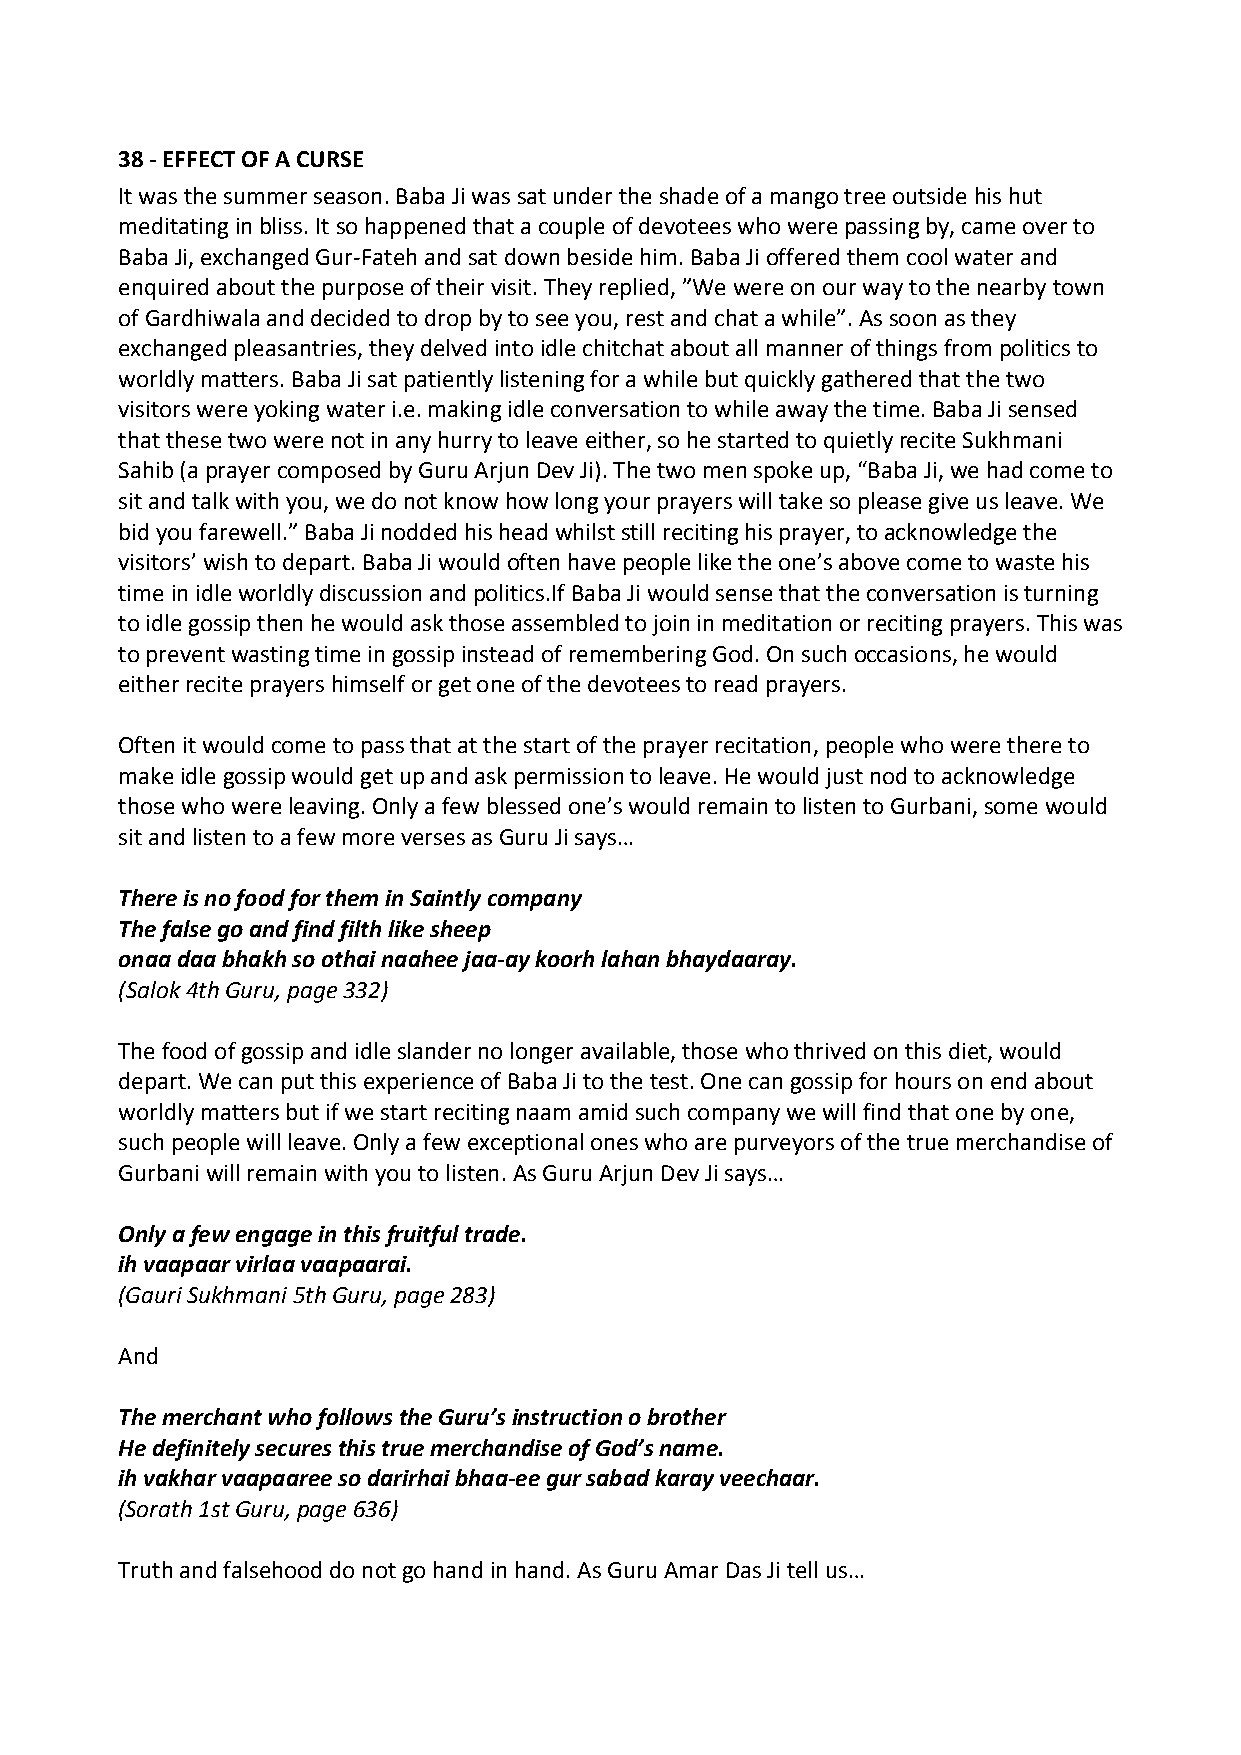
38 ‐ EFFECT OF A CURSE
 It was the summer season. Baba Ji was sat under the shade of a mango tree outside his hut
 meditating in bliss. It so happened that a couple of devotees who were passing by, came over to
 Baba Ji, exchanged Gur‐Fateh and sat down beside him. Baba Ji offered them cool water and
 enquired about the purpose of their visit. They replied, ”We were on our way to the nearby town
 of Gardhiwala and decided to drop by to see you, rest and chat a while”. As soon as they
 exchanged pleasantries, they delved into idle chitchat about all manner of things from politics to
 worldly matters. Baba Ji sat patiently listening for a while but quickly gathered that the two
 visitors were yoking water i.e. making idle conversation to while away the time. Baba Ji sensed
 that these two were not in any hurry to leave either, so he started to quietly recite Sukhmani
 Sahib (a prayer composed by Guru Arjun Dev Ji). The two men spoke up, “Baba Ji, we had come to
 sit and talk with you, we do not know how long your prayers will take so please give us leave. We
 bid you farewell.” Baba Ji nodded his head whilst still reciting his prayer, to acknowledge the
 visitors’ wish to depart. Baba Ji would often have people like the one’s above come to waste his
 time in idle worldly discussion and politics.If Baba Ji would sense that the conversation is turning
 to idle gossip then he would ask those assembled to join in meditation or reciting prayers. This was
 to prevent wasting time in gossip instead of remembering God. On such occasions, he would
 either recite prayers himself or get one of the devotees to read prayers.
 Often it would come to pass that at the start of the prayer recitation, people who were there to
 make idle gossip would get up and ask permission to leave. He would just nod to acknowledge
 those who were leaving. Only a few blessed one’s would remain to listen to Gurbani, some would
 sit and listen to a few more verses as Guru Ji says…
 There is no food for them in Saintly company
 The false go and find filth like sheep
 onaa daa bhakh so othai naahee jaa‐ay koorh lahan bhaydaaray.
 (Salok 4th Guru, page 332)
 The food of gossip and idle slander no longer available, those who thrived on this diet, would
 depart. We can put this experience of Baba Ji to the test. One can gossip for hours on end about
 worldly matters but if we start reciting naam amid such company we will find that one by one,
 such people will leave. Only a few exceptional ones who are purveyors of the true merchandise of
 Gurbani will remain with you to listen. As Guru Arjun Dev Ji says…
 Only a few engage in this fruitful trade.
 ih vaapaar virlaa vaapaarai.
 (Gauri Sukhmani 5th Guru, page 283)
 And
 The merchant who follows the Guru’s instruction o brother
 He definitely secures this true merchandise of God’s name.
 ih vakhar vaapaaree so darirhai bhaa‐ee gur sabad karay veechaar.
 (Sorath 1st Guru, page 636)
 Truth and falsehood do not go hand in hand. As Guru Amar Das Ji tell us…